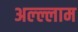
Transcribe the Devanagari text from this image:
अल्ल्लाम